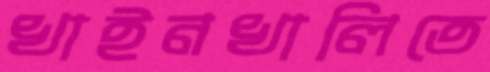
খাইনখালিতে